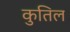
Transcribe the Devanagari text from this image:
कुतिल